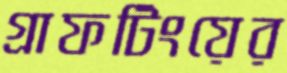
গ্রাফটিংয়ের